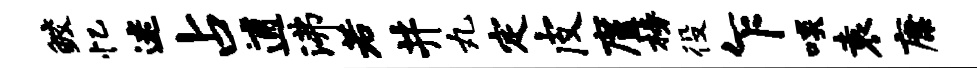
鲛忆迷占逋沸若井丸定皮廑榜役乍啖袁康